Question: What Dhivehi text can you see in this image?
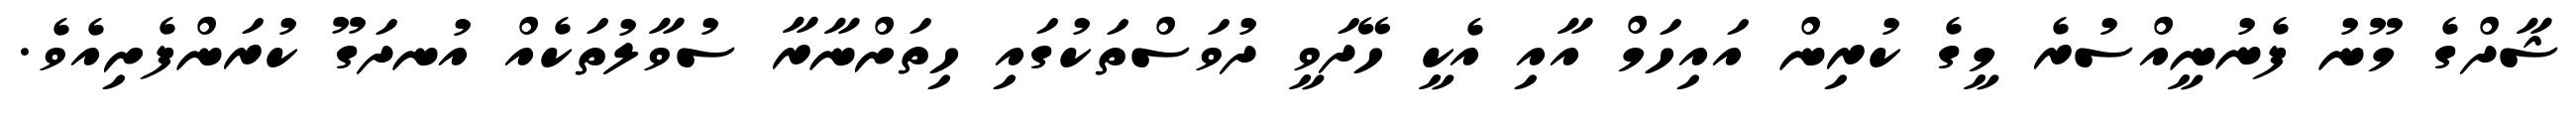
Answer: ޝާދްގެ މޫނު ފެނުނީއްސުރެ މީގެ ކުރިން އައިހަމް އާއި އެކީ ހޭދަވީ ދުވަސްތަކުގައި ހިތަށްނާރާ ސުވާލުތަކެއް އުނދަގޫ ކުރަންފެށިއެވެ.